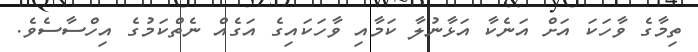
ތިމާގެ ވާހަކަ އަށް އަނެކާ އަޅާނުލާ ކަމާއި ވާހަކައިގެ އަގެއް ނެތްކަމުގެ އިހްސާސެވެ.